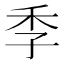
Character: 季